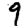
Digit: 9